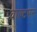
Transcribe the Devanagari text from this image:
वाल्टमन